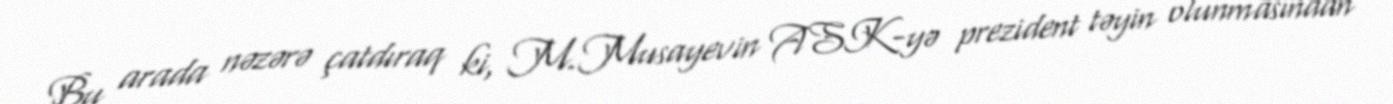
Bu arada nəzərə çatdıraq ki, M.Musayevin ASK-yə prezident təyin olunmasından